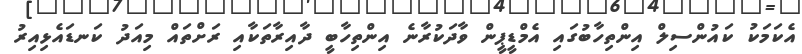
އެކަމަކު ކައުންސިލް އިންތިހާބުގައި އެމްޑީޕީން ވާދަކުރާނެ އިންތިހާބީ ދާއިރާތަކާއި ރަށްތައް މިއަދު ކަނޑައެޅިއިރު